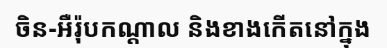
ចិន-អឺរ៉ុបកណ្តាល និងខាងកើតនៅក្នុង